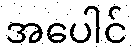
အပေါင်